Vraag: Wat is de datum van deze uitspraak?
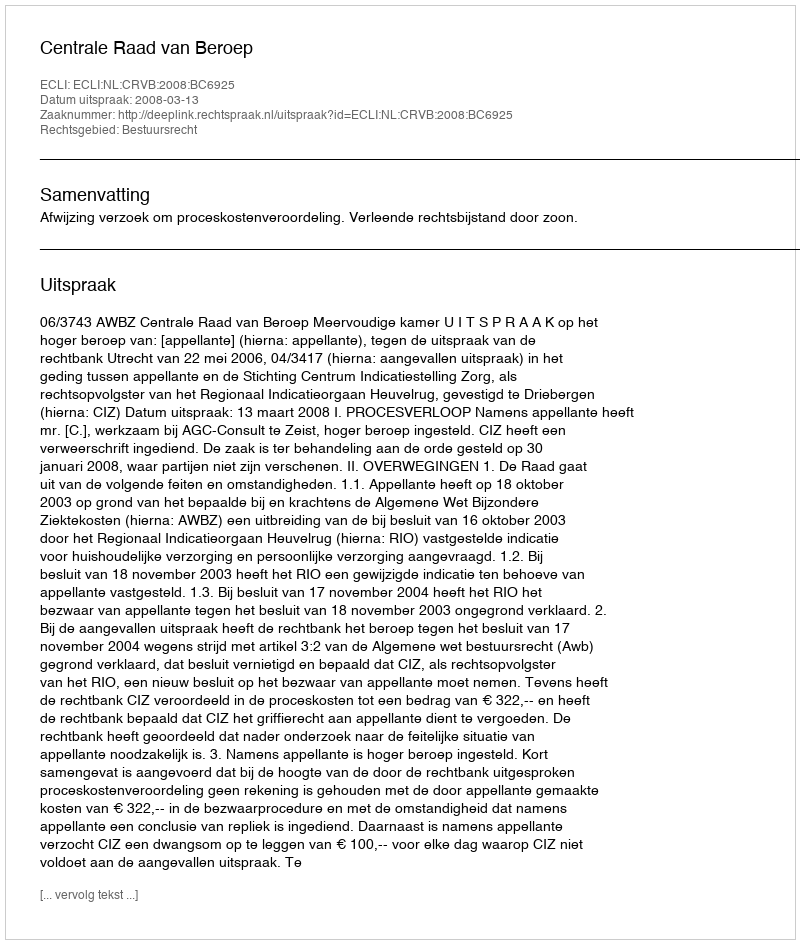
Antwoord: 2008-03-13